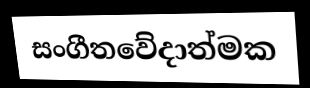
සංගීතවේදාත්මක